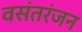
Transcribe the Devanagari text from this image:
वसंतरंजन